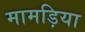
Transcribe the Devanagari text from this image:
मामड़िया